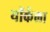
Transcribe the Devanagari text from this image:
यॉर्कला